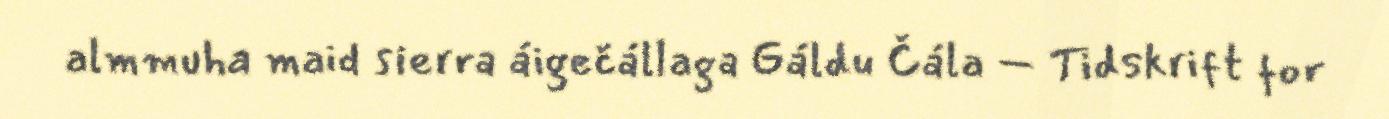
almmuha maid sierra áigečállaga Gáldu Čála – Tidskrift for